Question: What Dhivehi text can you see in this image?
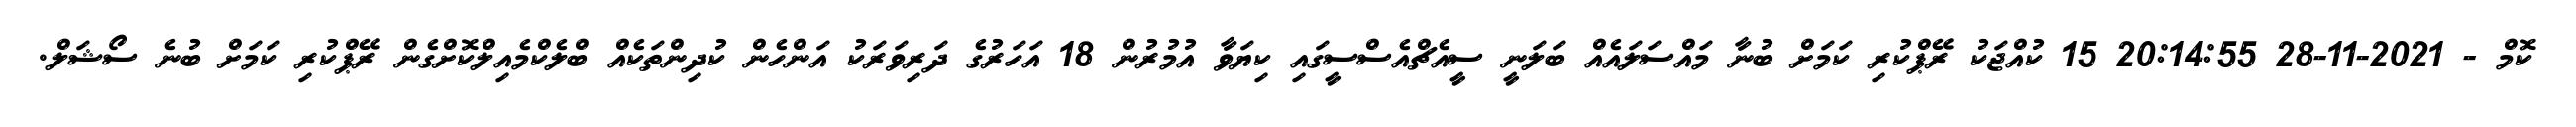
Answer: ކޮމް - 2021-11-28 20:14:55 15 ކުއްޖަކު ރޭޕްކުރި ކަމަށް ބުނާ މައްސަލައެއް ބަލަނީ ސީއެޗްއެސްސީގައި ކިޔަވާ އުމުރުން 18 އަހަރުގެ ދަރިވަރަކު އަންހެން ކުދިންތަކެއް ބްލެކްމެއިލްކޮށްގެން ރޭޕްކުރި ކަމަށް ބުނެ ސޯޝަލް.